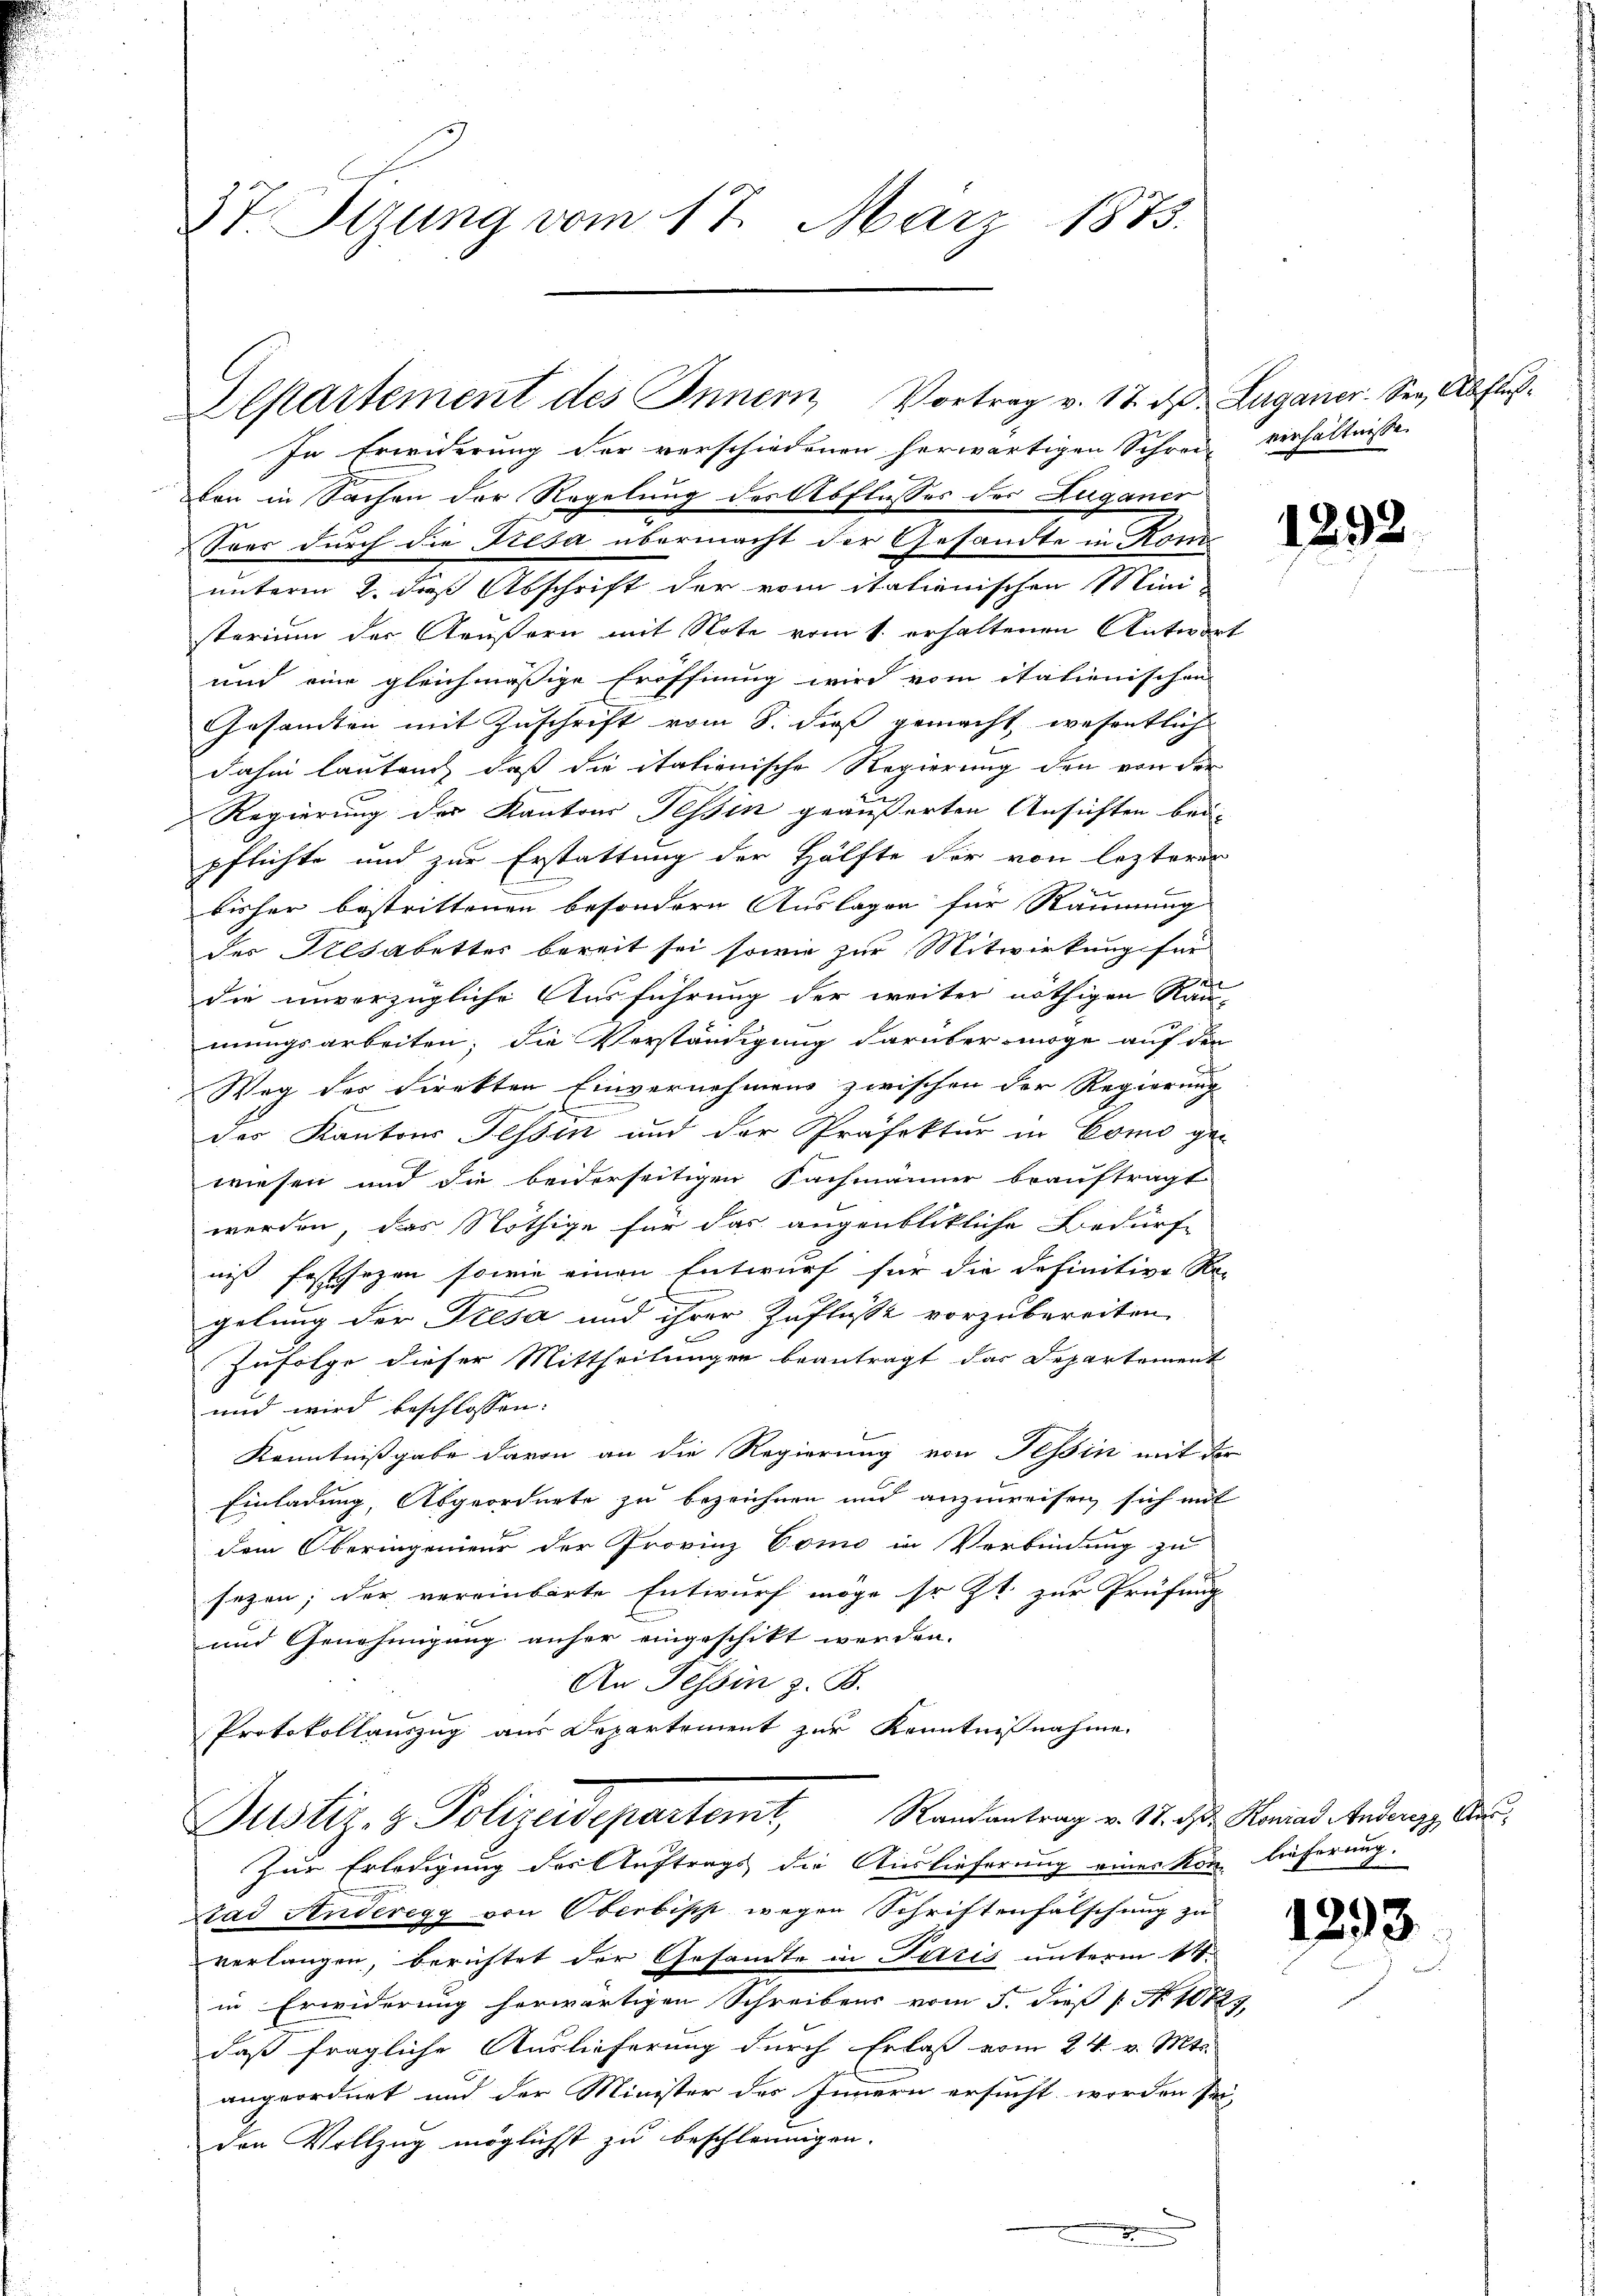
37. Sizung vom 17. März 1873.

Departement des Innern Vortrag v. 17. d. Luganer. Sei Abfluß¬
In Erwiderung der verschiedenen herwärtigen Schrei

ben in Sachen der Regelung des Abflusses der Zuganer
Soer durch die Fresa übermacht der Gesandte in Kom
unterm 2. daß Abschrift der vom italienischen Mini-
sterium der Aeußern mit Note vom 1. erhaltenen Antwort
und eine gleichmäßige Eröffnung wird vom italienischen
Gesamten mit Zuschrift vom 8. dieß gemacht, wesentlich
dahin lauten, daß die itationische Regierung den von der
Regierung des Kantons Tessin geäußerten Ansichten bei-

pflichte und zur Erstattung der Hälfte der von lezterer
bisher bestrittenen besondern Auslagen für Räumung
der Aesabettes bereit sei sowie zur Mitwirkung für
die unvorzügliche Ausführung der weiter nöthigen Rau-
mungsarbeiten; die Verständigung darüber möge auf den
Weg des Direkten Einvernehmens zwischen der Regierung
der Kantons Tessin und der Präfektur in Como gewiesen und die beiderseitigen Sachmänner beauftragt
werden, das Nöthige für das augenblikliche Bedürfe
niß festsezen sowie einen Entwurf für die definitive Re-
gelung der Dresa und ihrer Zuflüsse vorzubereiten.
Zufolge dieser Mittheilungen beantragt das Departement
und wird beschlossen:
Kenntnißgabe davon an die Regierung von Tessin mit der
Einladung, Abgeordnete zu bezeichnen und anzuweisen sich mit
dem Oberingenieur der Provinz Como in Verbindung zu
sezen; der vereinbarte Entwurf möge so Zt. zur Prüfung
und Genehmigung anher eingeschikt werden.
An Tessin z. B.
Protokollauszug aus Departement zur Kenntnisnahme.
Justiz- & Polizeidepartemt, Randantrag v. Mt. d. Maria Andenz, An¬
Zur Erledigung des Auftrags die Auslieferung eines Kon, lieferung.
tad Anderegg von Oberbisch wegen Schriftenfalschung zu
verlangen, berichtet der Gesamte in Paris unterm 14.
in Erwiderung herwärtigen Schreibens vom 5. dieß [No 10823,
daß fragliche Auslieferung durch Erlaß vom 24. v. Mts.
angeordnet und der Minister des Innern ersucht worden sei,
den Vollzug möglicht zu beschleunigen.

verhältnisse.

1292

1293.